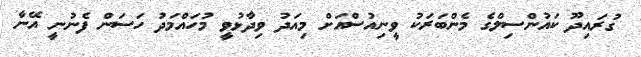
ގުރައިދޫ ކައުންސިލްގެ މެންބަރަކު ވީނިއުސްއަށް މިއަދު ވިދާޅުވީ މުހައްމަދު ހަސަން ފެނުނީ އޭނާ